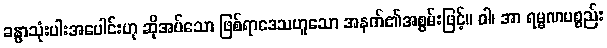
ခန္ဓာသုံးပါးအပေါင်းဟု ဆိုအပ်သော ဖြစ်ရာဒေသဟူသော အနက်၏အစွမ်းဖြင့်။ ဝါ၊ အာ ရမ္မဏပစ္စည်း